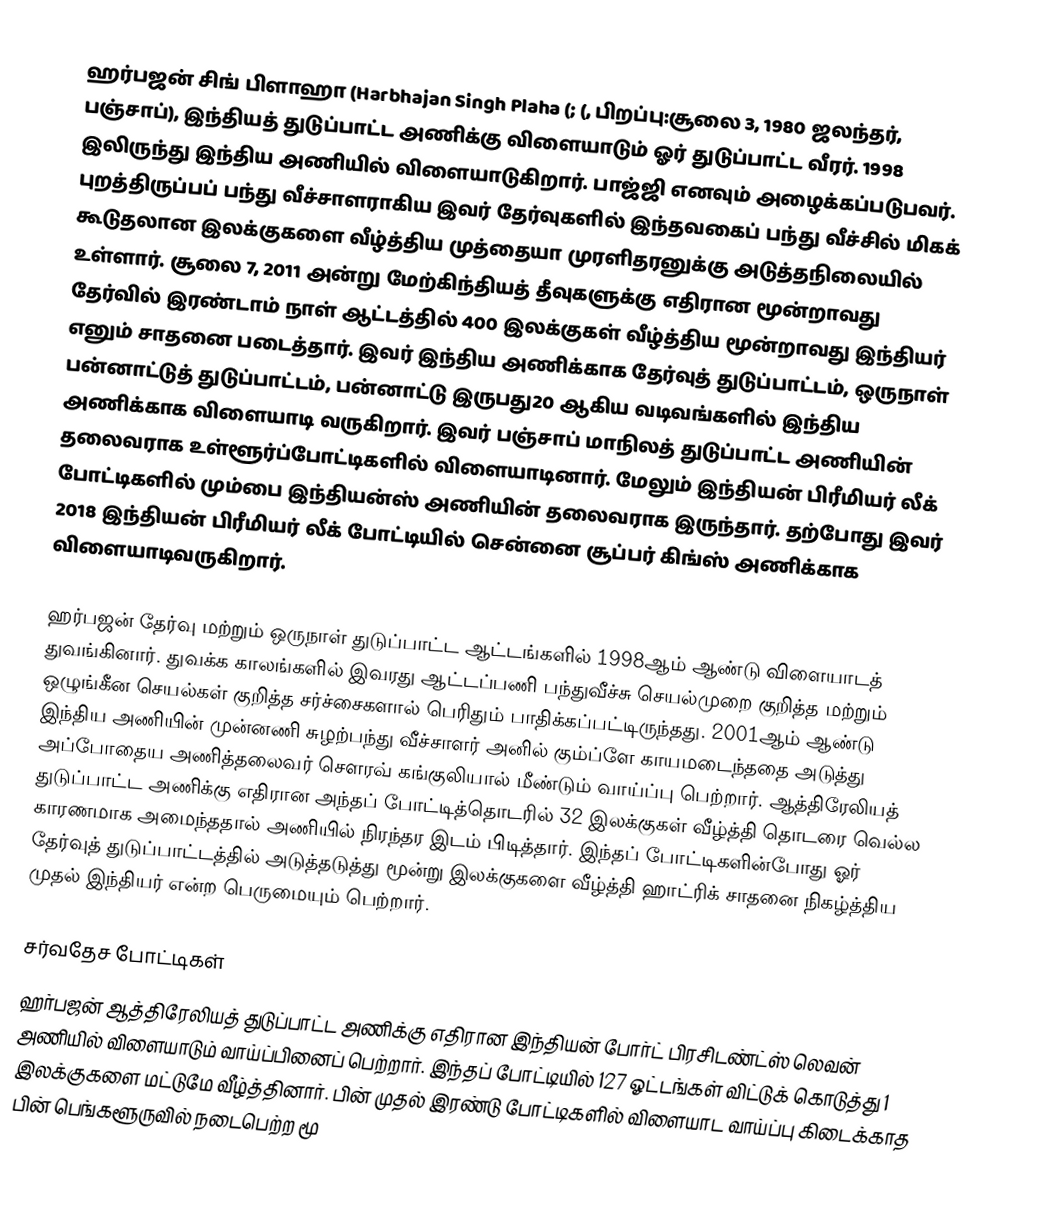
ஹர்பஜன் சிங் பிளாஹா (Harbhajan Singh Plaha (;  (, பிறப்பு:சூலை 3, 1980 ஜலந்தர், பஞ்சாப்), இந்தியத் துடுப்பாட்ட அணிக்கு விளையாடும் ஓர் துடுப்பாட்ட வீரர். 1998 இலிருந்து இந்திய அணியில் விளையாடுகிறார். பாஜ்ஜி எனவும் அழைக்கப்படுபவர். புறத்திருப்பப் பந்து வீச்சாளராகிய இவர் தேர்வுகளில் இந்தவகைப் பந்து வீச்சில் மிகக் கூடுதலான இலக்குகளை வீழ்த்திய முத்தையா முரளிதரனுக்கு அடுத்தநிலையில் உள்ளார். சூலை 7, 2011 அன்று மேற்கிந்தியத் தீவுகளுக்கு எதிரான மூன்றாவது தேர்வில் இரண்டாம் நாள் ஆட்டத்தில் 400 இலக்குகள் வீழ்த்திய மூன்றாவது இந்தியர் எனும் சாதனை படைத்தார். இவர் இந்திய அணிக்காக தேர்வுத் துடுப்பாட்டம், ஒருநாள் பன்னாட்டுத் துடுப்பாட்டம், பன்னாட்டு இருபது20 ஆகிய வடிவங்களில் இந்திய அணிக்காக விளையாடி வருகிறார். இவர் பஞ்சாப் மாநிலத் துடுப்பாட்ட அணியின் தலைவராக உள்ளூர்ப்போட்டிகளில் விளையாடினார். மேலும் இந்தியன் பிரீமியர் லீக் போட்டிகளில் மும்பை இந்தியன்ஸ் அணியின் தலைவராக இருந்தார். தற்போது இவர் 2018 இந்தியன் பிரீமியர் லீக் போட்டியில் சென்னை சூப்பர் கிங்ஸ் அணிக்காக விளையாடிவருகிறார்.

ஹர்பஜன் தேர்வு மற்றும் ஒருநாள் துடுப்பாட்ட ஆட்டங்களில் 1998ஆம் ஆண்டு விளையாடத் துவங்கினார். துவக்க காலங்களில் இவரது ஆட்டப்பணி பந்துவீச்சு செயல்முறை குறித்த மற்றும் ஒழுங்கீன செயல்கள் குறித்த சர்ச்சைகளால் பெரிதும் பாதிக்கப்பட்டிருந்தது. 2001ஆம் ஆண்டு இந்திய அணியின் முன்னணி சுழற்பந்து வீச்சாளர் அனில் கும்ப்ளே காயமடைந்ததை அடுத்து அப்போதைய அணித்தலைவர் சௌரவ் கங்குலியால் மீண்டும் வாய்ப்பு பெற்றார். ஆத்திரேலியத் துடுப்பாட்ட அணிக்கு எதிரான அந்தப் போட்டித்தொடரில் 32 இலக்குகள் வீழ்த்தி தொடரை வெல்ல காரணமாக அமைந்ததால் அணியில் நிரந்தர இடம் பிடித்தார். இந்தப் போட்டிகளின்போது ஓர் தேர்வுத் துடுப்பாட்டத்தில் அடுத்தடுத்து மூன்று இலக்குகளை வீழ்த்தி ஹாட்ரிக் சாதனை நிகழ்த்திய முதல் இந்தியர் என்ற பெருமையும் பெற்றார்.

சர்வதேச போட்டிகள்
ஹர்பஜன் ஆத்திரேலியத் துடுப்பாட்ட அணிக்கு எதிரான இந்தியன் போர்ட் பிரசிடண்ட்ஸ் லெவன்  அணியில் விளையாடும் வாய்ப்பினைப் பெற்றார். இந்தப் போட்டியில் 127 ஓட்டங்கள் விட்டுக் கொடுத்து 1 இலக்குகளை மட்டுமே வீழ்த்தினார். பின் முதல் இரண்டு போட்டிகளில் விளையாட வாய்ப்பு கிடைக்காத பின் பெங்களூருவில் நடைபெற்ற  மூ